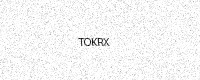
Text: TOKRX